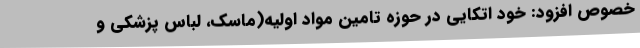
خصوص افزود: خود اتکایی در حوزه تامین مواد اولیه(ماسک، لباس پزشکی و